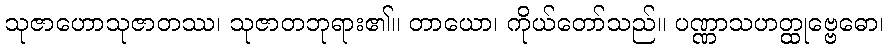
သုဇာဟောသုဇာတဿ၊ သုဇာတဘုရား၏။ တာယော၊ ကိုယ်တော်သည်။ ပဏ္ဏာသဟတ္ထုဗ္ဗေဓော၊